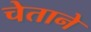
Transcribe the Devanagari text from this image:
चेताने